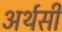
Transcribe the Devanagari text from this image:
अर्थसी